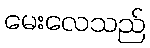
မေးလေသည်